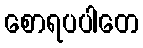
စောရပပါတေ